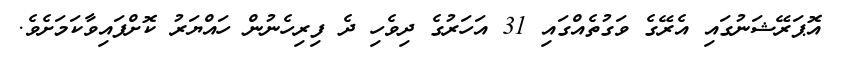
އޮޕަރޭޝަނުގައި އެރޭގެ ވަގުތެއްގައި 31 އަހަރުގެ ދިވެހި ދެ ފިރިހެނުން ހައްޔަރު ކޮށްފައިވާކަމަށެވެ.